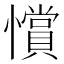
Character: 𢤗